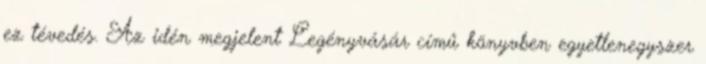
ez tévedés. Az idén megjelent Legényvásár című könyvben egyetlenegyszer